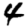
Digit: 4